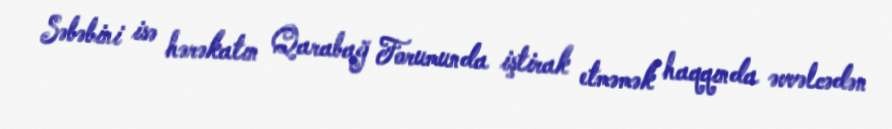
Səbəbini isə hərəkatın Qarabağ Forumunda iştirak etməmək haqqında əvvəlcədən